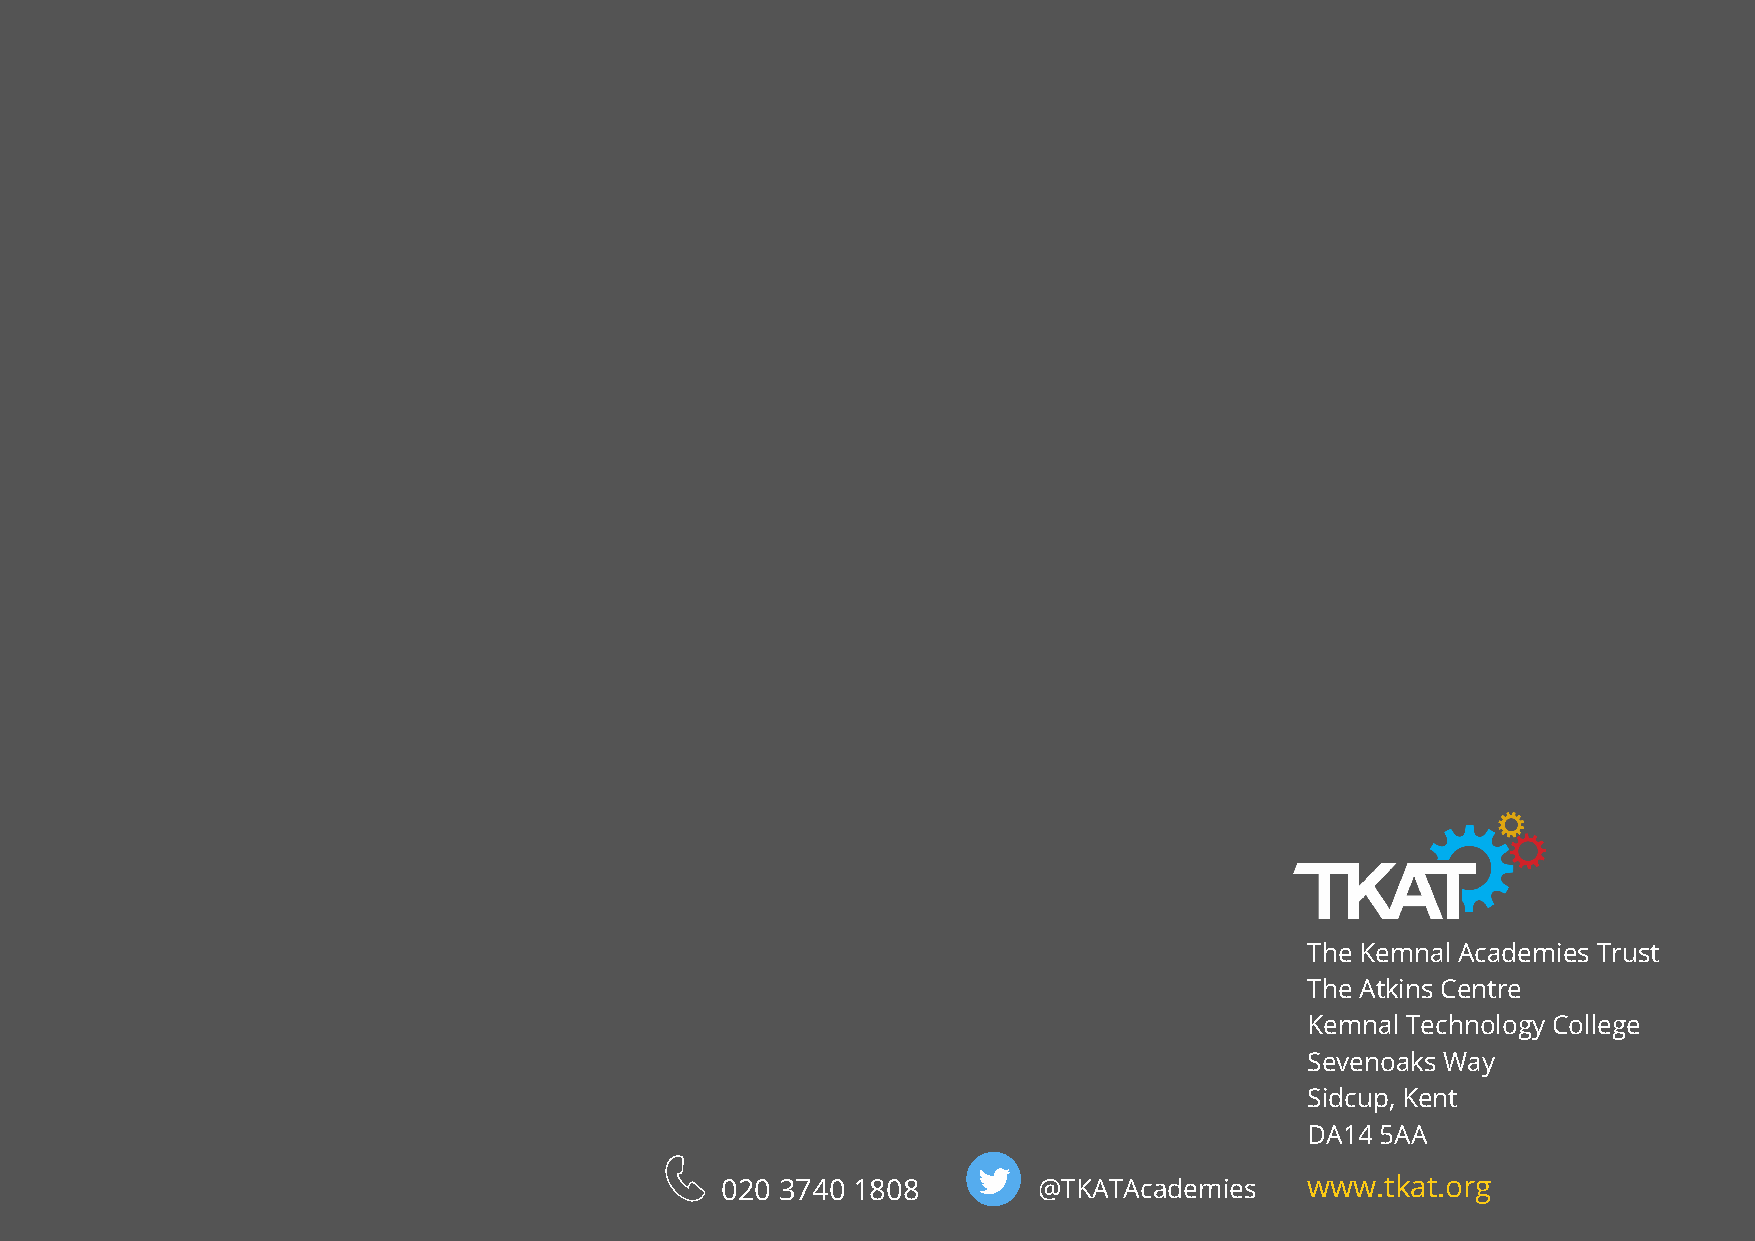
The Kemnal Academies Trust
 The Atkins Centre
 Kemnal Technology College
 Sevenoaks Way
 Sidcup, Kent
 DA14 5AA
 020 3740 1808        @TKATAcademies   www.tkat.org